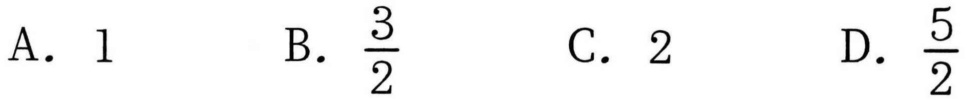
A. \(1\)  B. \(\frac{3}{2}\)  C. \(2\)  D. \(\frac{5}{2}\)